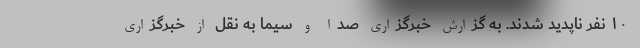
۱۰ نفر ناپدید شدند. به گزارش خبرگزاری صدا و سیما به نقل از خبرگزاری